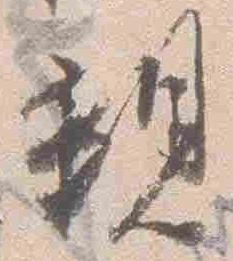
親